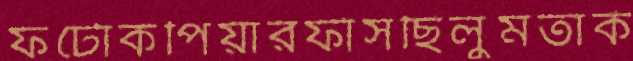
ফটোকপিয়ারফাঁসছিলুমতার্ক